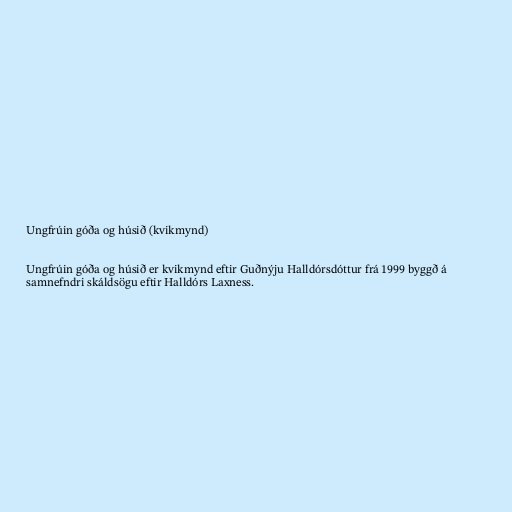
Ungfrúin góða og húsið (kvikmynd)

Ungfrúin góða og húsið er kvikmynd eftir Guðnýju Halldórsdóttur frá 1999 byggð á
samnefndri skáldsögu eftir Halldórs Laxness.